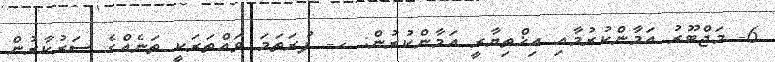
6- މަޖްބޫރު އަމާންކުރުމާއި އިޚްތިޔާރީ އަމާންކުރުން: ހ- ފުރަތަމަ ވައްތަރަކީ ތަނެއްގެ ސަރުކާރުން